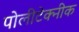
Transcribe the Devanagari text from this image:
पोलीटेक्नीक